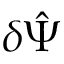
\delta \hat { \Psi }